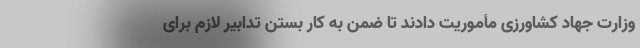
وزارت جهاد کشاورزی مأموریت دادند تا ضمن به‌ کار بستن تدابیر لازم برای